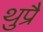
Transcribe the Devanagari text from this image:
थुप्रै